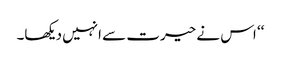
‘‘ اس نے حیرت سے انہیں دیکھا۔